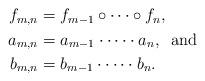
LaTeX: \begin{align*}\begin{aligned}f_{m,n} & = f_{m-1} \circ \cdots \circ f_n, \\a_{m,n} & = a_{m-1} \cdot \cdots \cdot a_n, \; \; \mathrm{and} \\b_{m,n} & = b_{m-1} \cdot \cdots \cdot b_n.\end{aligned}\end{align*}